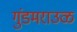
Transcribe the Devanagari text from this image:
गुंडमराउळ